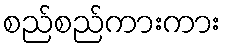
စည်စည်ကားကား